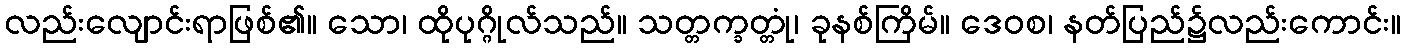
လည်းလျောင်းရာဖြစ်၏။ သော၊ ထိုပုဂ္ဂိုလ်သည်။ သတ္တက္ခတ္တုံ၊ ခုနစ်ကြိမ်။ ဒေဝစ၊ နတ်ပြည်၌လည်းကောင်း။